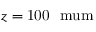
z = \mathrm { 1 0 0 \ \ m u m }